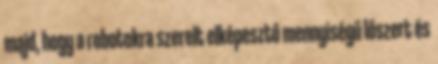
majd, hogy a robotokra szerelt elképesztő mennyiségű lőszert és